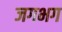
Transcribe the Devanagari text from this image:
जगभग